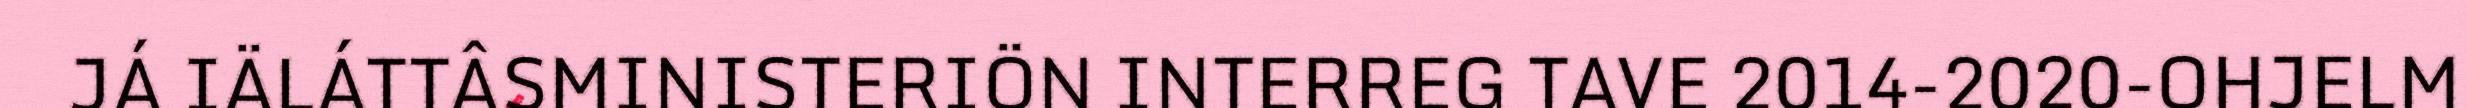
JÁ IÄLÁTTÂSMINISTERIÖN INTERREG TAVE 2014-2020-OHJELM